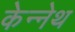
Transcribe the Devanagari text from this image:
केन्नेथ